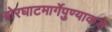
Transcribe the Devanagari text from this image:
बोरघाटमार्गेपुण्याकडे